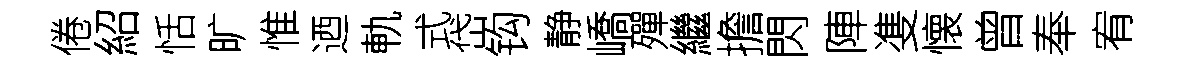
倦紹恬旷惟迺軌式岱钩静嶠殫繼擔閃陣㕠懐曾奉宥